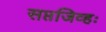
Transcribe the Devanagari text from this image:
सप्तजिव्हः